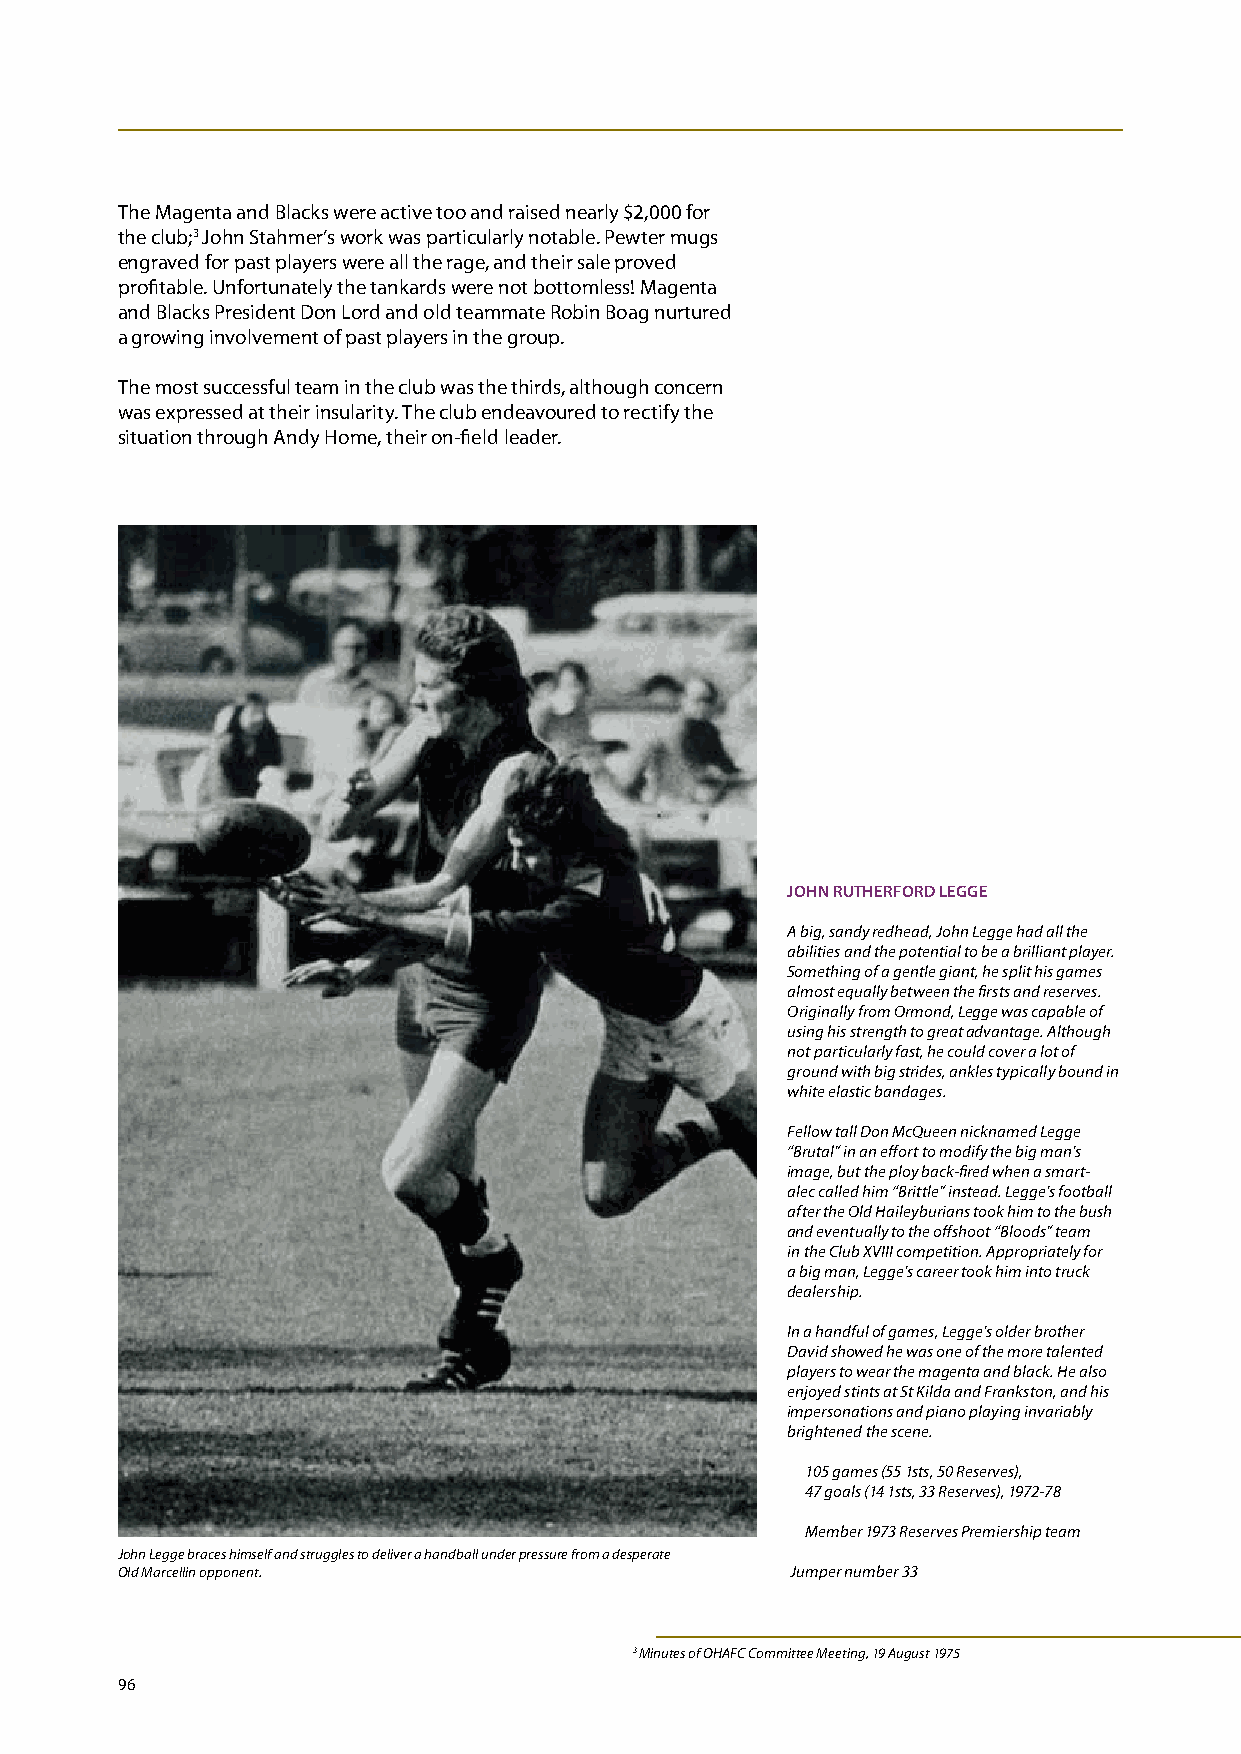
The Magenta and Blacks were active too and raised nearly $2,000 for
 the club;3 John Stahmer’s work was particularly notable. Pewter mugs
 engraved for past players were all the rage, and their sale proved
 profitable. Unfortunately the tankards were not bottomless! Magenta
 and Blacks President Don Lord and old teammate Robin Boag nurtured
 a growing involvement of past players in the group.
 The most successful team in the club was the thirds, although concern
 was expressed at their insularity. The club endeavoured to rectify the
 situation through Andy Home, their on-field leader.
 JOHN RuTHERFORD LEggE
 A big, sandy redhead, John Legge had all the
 abilities and the potential to be a brilliant player.
 Something of a gentle giant, he split his games
 almost equally between the firsts and reserves.
 Originally from Ormond, Legge was capable of
 using his strength to great advantage. Although
 not particularly fast, he could cover a lot of
 ground with big strides, ankles typically bound in
 white elastic bandages.
 Fellow tall Don McQueen nicknamed Legge
 “Brutal” in an effort to modify the big man’s
 image, but the ploy back-fired when a smart-
 alec called him “Brittle” instead. Legge’s football
 after the Old Haileyburians took him to the bush
 and eventually to the offshoot “Bloods” team
 in the Club XVIII competition. Appropriately for
 a big man, Legge’s career took him into truck
 dealership.
 In a handful of games, Legge’s older brother
 David showed he was one of the more talented
 players to wear the magenta and black. He also
 enjoyed stints at St Kilda and Frankston, and his
 impersonations and piano playing invariably
 brightened the scene.
 105 games (55 1sts, 50 Reserves),
 47 goals (14 1sts, 33 Reserves), 1972-78
 Member 1973 Reserves Premiership team
 John Legge braces himself and struggles to deliver a handball under pressure from a desperate
 Old Marcellin opponent.                     Jumper number 33
 3 Minutes of OHAFC Committee Meeting, 19 August 1975
 96